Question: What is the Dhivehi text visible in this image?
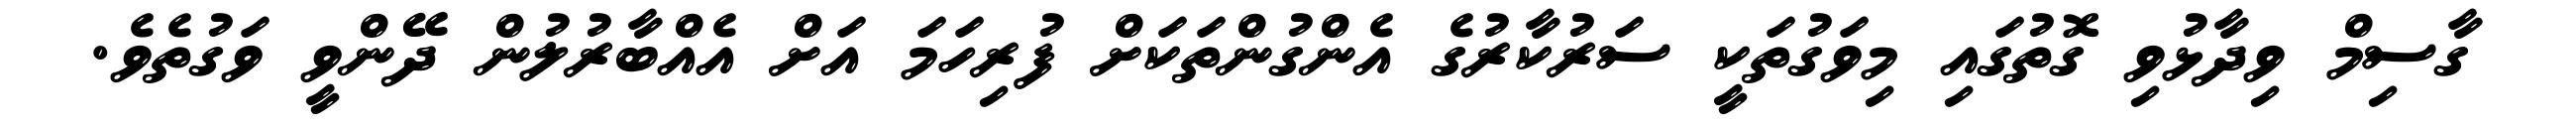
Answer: ގާސިމް ވިދާޅުވި ގޮތުގައި މިވަގުތަކީ ސަރުކާރުގެ އެންގުންތަކަށް ފުރިހަމަ އަށް އެއްބާރުލުން ދޭންވީ ވަގުތެވެ.